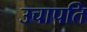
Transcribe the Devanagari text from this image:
उचापति